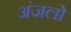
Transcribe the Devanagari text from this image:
अंजलो